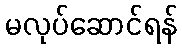
မလုပ်ဆောင်ရန်